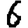
Digit: 6